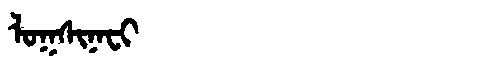
Manchu: ᠯᠣᡴᠰᡳᠨᠠᠸᡳ
Romanization: LOKSINAFI